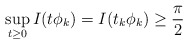
\begin{align*}\displaystyle \sup_{t\geq 0}I(t\phi_k)=I(t_k\phi_k)\geq \frac{\pi}{2}\end{align*}